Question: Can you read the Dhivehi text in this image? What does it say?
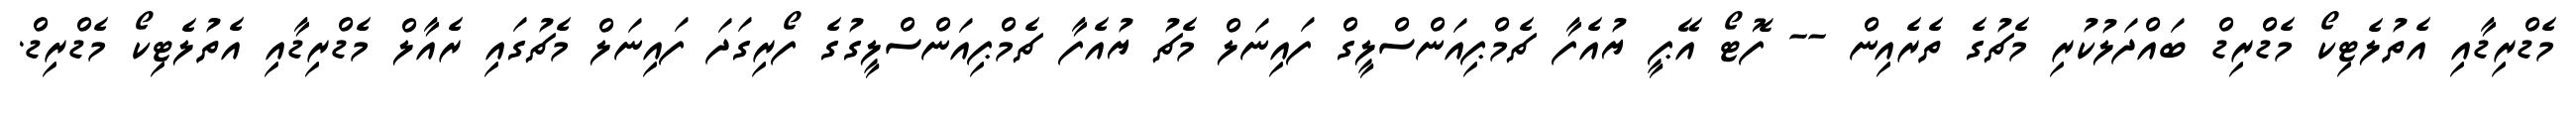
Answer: މެޑްރިޑާއި އެތުލެޓިކޯ މެޑްރިޑް ބައްދަލުކުރި މެޗުގެ ތެރެއިން -- ފޮޓޯ އޭޕީ ޔުއެފާ ޗެމްޕިއަންސްލީގް ފައިނަލް މެޗު ޔުއެފާ ޗެމްޕިއަންސްލީގުގެ ފޯރިގަދަ ފައިނަލް މެޗުގައި ރެއާލް މެޑްރިޑާއި އެތުލެޓިކޯ މެޑްރިޑް.